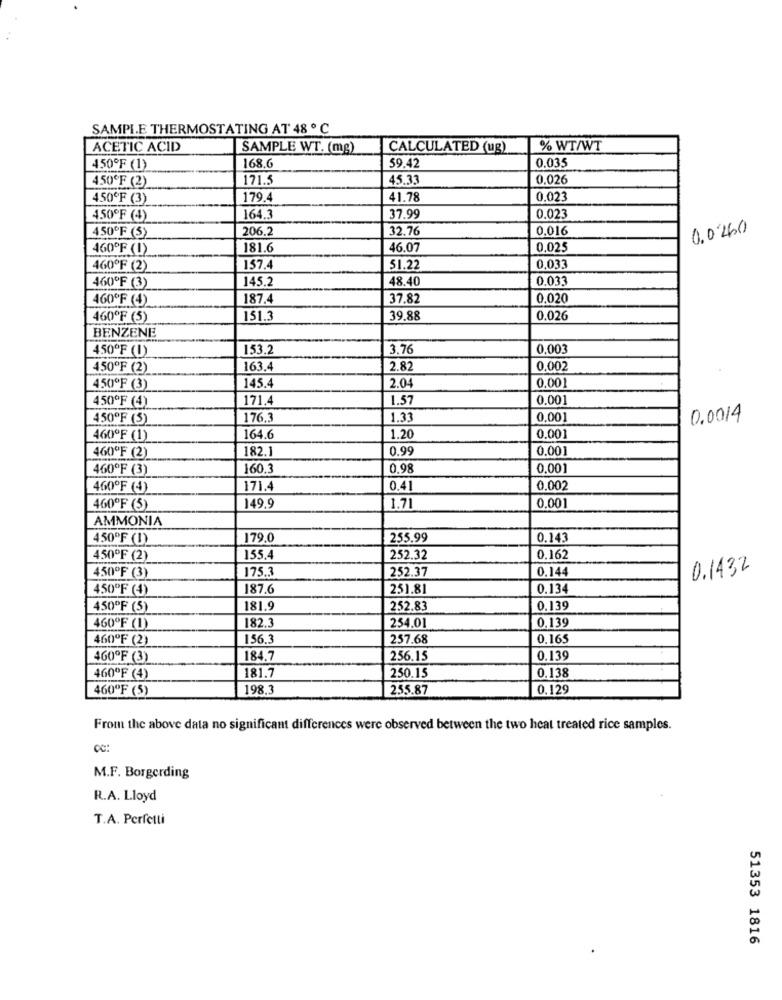
SAMPLE THERMOSTATING AT 48 º C
ACETIC ACID
SAMPLE WT. (mg)
CALCULATED (ug)
% WT/WT
59.42
0.035
450ºF (1)
168.6
4.50ºF (2)
171.5
45.33
0.026
450ºF (3)
179.4
41.78
0.023
450ºF (4)
164.3
37.99
0.023
206.2
32.76
0.016
0.0260
450ºF (5)
460ºF (1)
181.6
46.07
0.025
460ºF (2)
157.4
51.22
0,033
145.2
48.40
0.033
460ºF (3)
160ºF (4)
187.4
37.82
0,020
460ºF (5)
151.3
39.88
0.026
BENZENE
450ºF (1)
153.2
3.76
0,003
450ºF (2)
163.4
2.82
0.002
450ºF (3)
145.4
2.04
0,001
171,4
1.57
0.001
450ºF (4)
450ºF (3)
176.3
1.33
0,001
0.0014
460ºF (1)
164.6
1.20
0.001
182.1
0.99
0.001
460ºF (2)
460ºF (3)
160,3
0.98
0.001
460ºF (4)
171.4
0.41
0.002
460ºF (5)
149.9
1.71
0,001
AMMONIA
450ºF (1)
179.0
255.99
0.143
450ºF (2)
155.4
252.32
0.162
175.3
252.37
0.144
0.1432
450ºF (3)
450ºF (4)
187.6
251.8
0.134
450ºF (5)
181.9
252.83
0.139
182.3
254.01
0,139
460ºF (1)
460ºF (2)
156.3
257.68
0,165
460ºF (3)
184.7
256.15
0.139
460ºF (4)
181.7
250.15
0.138
460ºF (5)
198,3
255.87
0.129
From the above data no significant differences were observed between the two heat treated rice samples.
M.F. Borgerding
R.A. Lloyd
T.A. Perfetti
51353 1816